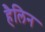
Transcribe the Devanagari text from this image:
हैलिन